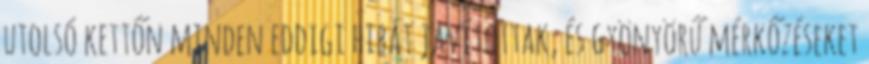
utolsó kettőn minden eddigi hibát javítottak, és gyönyörű mérkőzéseket